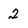
Character: 2